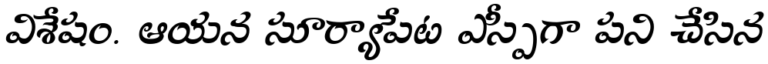
విశేషం. ఆయన సూర్యాపేట ఎస్పీగా పని చేసిన